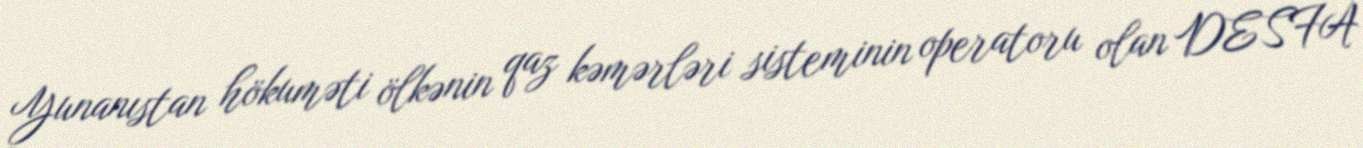
Yunanıstan hökuməti ölkənin qaz kəmərləri sisteminin operatoru olan DESFA